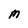
Character: M